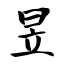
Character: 昱